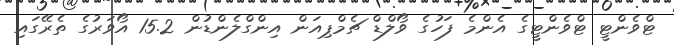
ޓްވެންޓީ ޓްވެންޓީގެ އެންމެ ފަހުގެ ވޯލްޑް ޗެމްޕިއަން އިންގްލެންޑުން 15.2 އޯވަރުގެ ތެރޭގައި